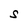
Character: S